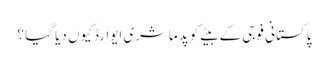
پاکستانی فوجی کے بیٹے کو پدماشری ایوارڈ کیوں دیا گیا ؟